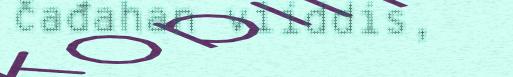
čađahan viiddis,